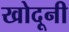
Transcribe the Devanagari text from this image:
खोदूनी